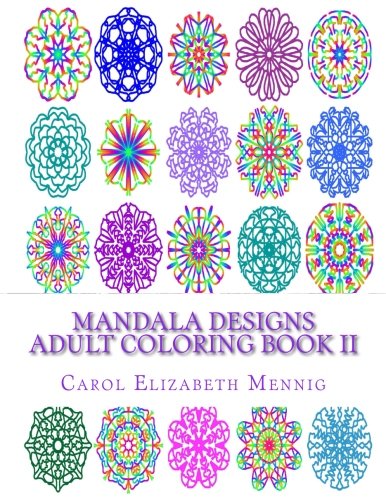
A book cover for Mandala Designs Adult Coloring Book II; Carol Elizabeth Mennig; Arts & Photography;